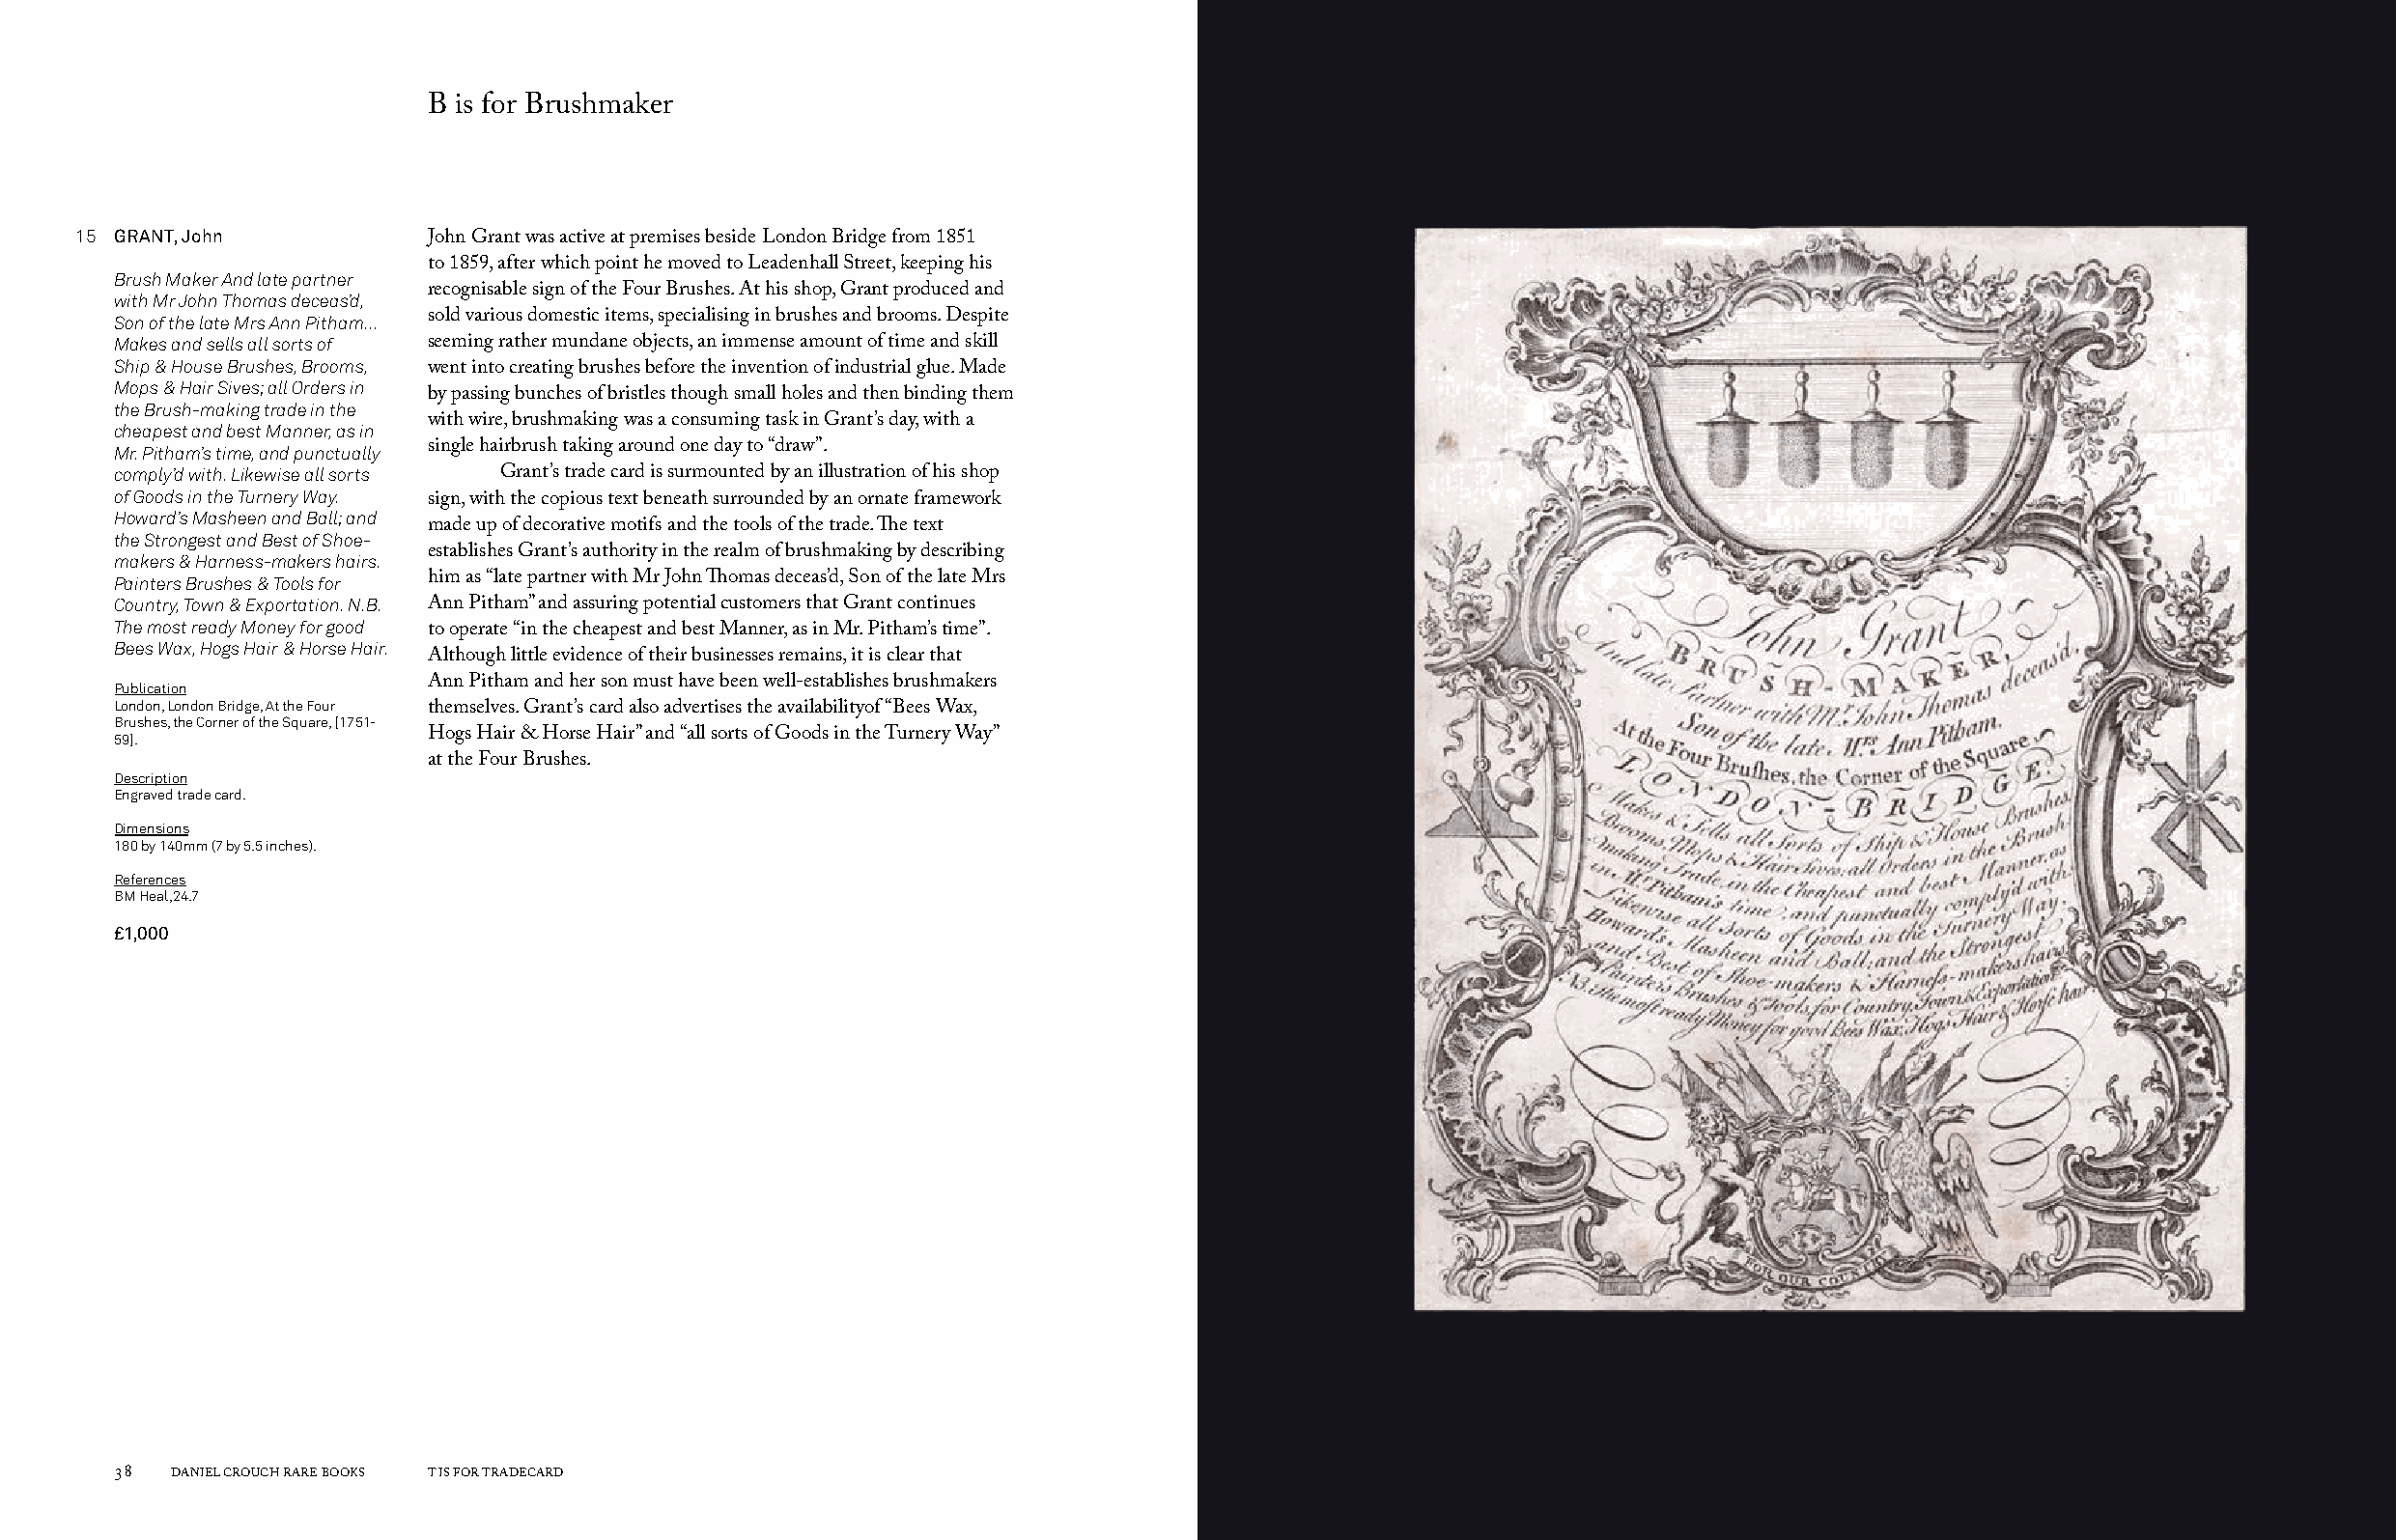
B is for Brushmaker
 15 GRANT, John
 John Grant was active at premises beside London Bridge from 1851
 to 1859, after which point he moved to Leadenhall Street, keeping his
 Brush Maker And late partner
 with Mr John Thomas deceas’d, recognisable sign of the Four Brushes. At his shop, Grant produced and
 Son of the late Mrs Ann Pitham... sold various domestic items, specialising in brushes and brooms. Despite
 Makes and sells all sorts of seeming rather mundane objects, an immense amount of time and skill
 Ship & House Brushes, Brooms,
 went into creating brushes before the invention of industrial glue. Made
 Mops & Hair Sives; all Orders in
 by passing bunches of bristles though small holes and then binding them
 the Brush-making trade in the
 cheapest and best Manner, as in with wire, brushmaking was a consuming task in Grant’s day, with a
 Mr. Pitham’s time, and punctually single hairbrush taking around one day to “draw”.
 comply’d with. Likewise all sorts Grant’s trade card is surmounted by an illustration of his shop
 of Goods in the Turnery Way.
 sign, with the copious text beneath surrounded by an ornate framework
 Howard’s Masheen and Ball; and
 made up of decorative motifs and the tools of the trade. The text
 the Strongest and Best of Shoe-
 makers & Harness-makers hairs. establishes Grant’s authority in the realm of brushmaking by describing
 Painters Brushes & Tools for him as “late partner with Mr John Thomas deceas’d, Son of the late Mrs
 Country, Town & Exportation. N.B. Ann Pitham” and assuring potential customers that Grant continues
 The most ready Money for good
 to operate “in the cheapest and best Manner, as in Mr. Pitham’s time”.
 Bees Wax, Hogs Hair & Horse Hair.
 Although little evidence of their businesses remains, it is clear that
 Publication          Ann Pitham and her son must have been well-establishes brushmakers
 London, London Bridge, At the Four
 themselves. Grant’s card also advertises the availabilityof “Bees Wax,
 Brushes, the Corner of the Square, [1751-
 59].                 Hogs Hair & Horse Hair” and “all sorts of Goods in the Turnery Way”
 at the Four Brushes.
 Description
 Engraved trade card.
 Dimensions
 180 by 140mm (7 by 5.5 inches).
 References
 BM Heal,24.7
 £1,000
 38  DANIEL CROUCH RARE BOOKS T IS FOR TRADECARD                                                                       T IS FOR TRADECARD DANIEL CROUCH RARE BOOKS 39